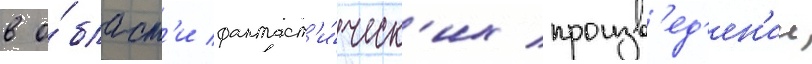
в о́бласт'и фантаст'и́ческ'их произв'ед'ен'ии